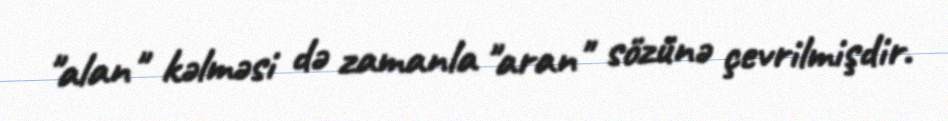
"alan" kəlməsi də zamanla "aran" sözünə çevrilmişdir.